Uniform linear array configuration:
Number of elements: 32
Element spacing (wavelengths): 1
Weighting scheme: cosine
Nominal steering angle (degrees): -30
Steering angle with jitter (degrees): -30.239
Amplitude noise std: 0.05
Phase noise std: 0.05

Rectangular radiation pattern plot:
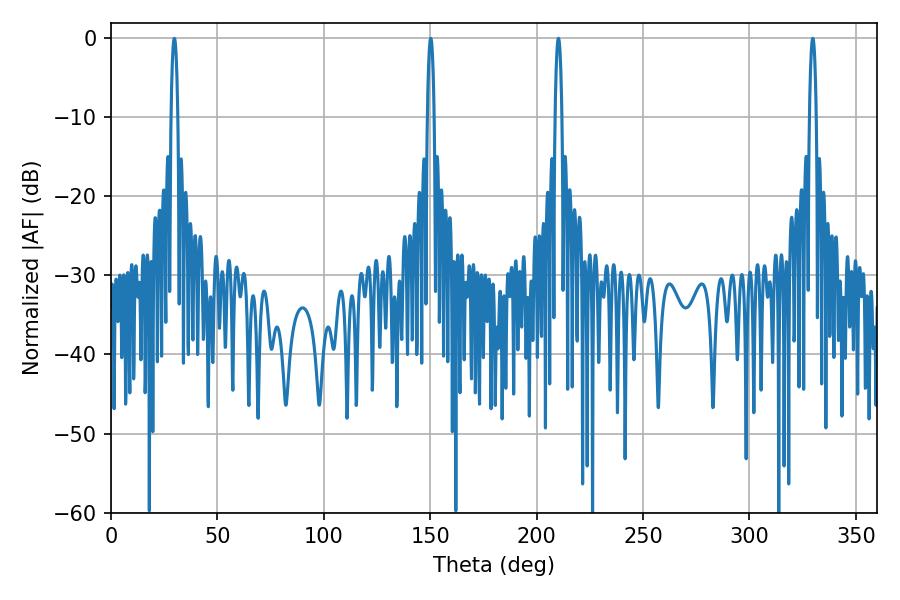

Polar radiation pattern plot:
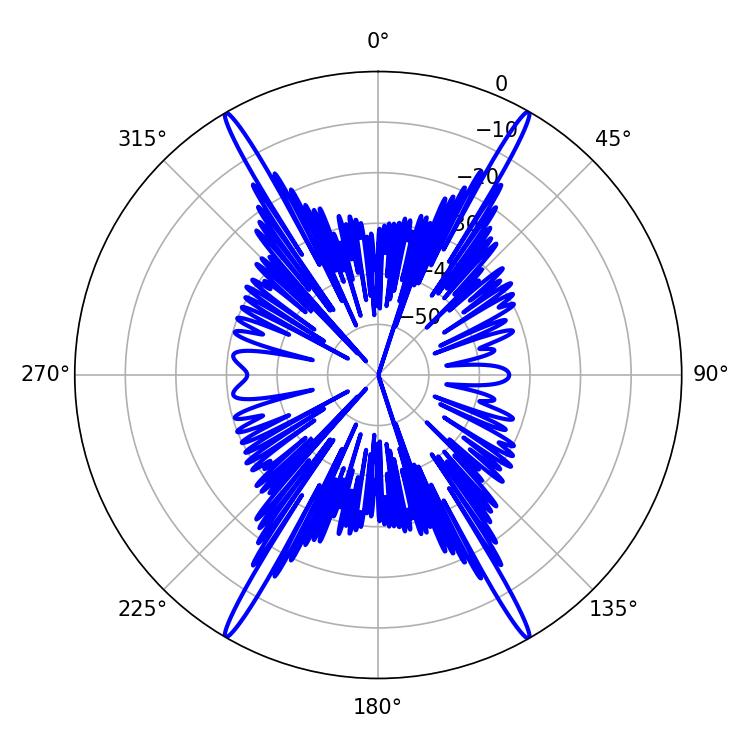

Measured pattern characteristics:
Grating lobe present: TRUE
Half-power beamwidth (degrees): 1.8
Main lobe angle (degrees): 329.76